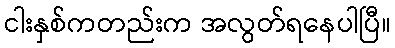
ငါးနှစ်ကတည်းက အလွတ်ရနေပါပြီ။